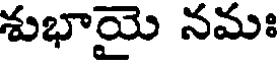
శుభాయై నమః